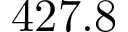
4 2 7 . 8